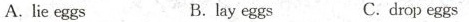
A. lie eggs B.lay eggs C. drop eggs